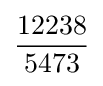
{\frac {12238}{5473}}